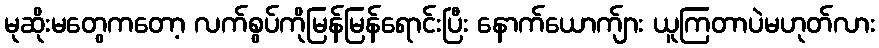
မုဆိုးမတွေကတော့ လက်စွပ်ကိုမြန်မြန်ရောင်းပြီး နောက်ယောက်ျား ယူကြတာပဲမဟုတ်လား